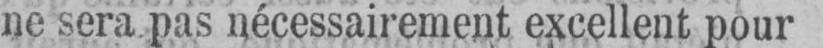
ne sera pas nécessairement excellent pour